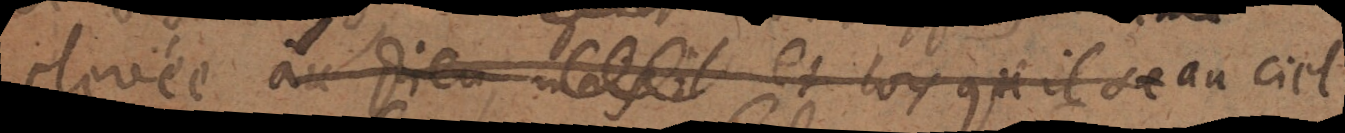
élevée au dieu mais il et lorsqu’il se au ciel